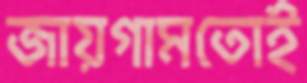
জায়গামতোই